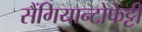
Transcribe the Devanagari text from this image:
सैंगियान्टोफेट्टी